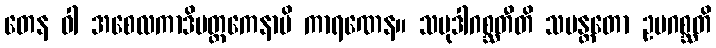
တေန ဝါ အစေလကာဒိမတ္တကေနာပိ ကာရဏေန။ သမုဒါဂစ္ဆတီတိ သမန္တတော ဥပဂစ္ဆတိ